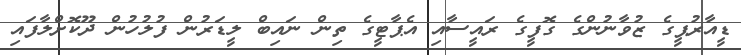
ޑީއާރުޕީގެ ޒުވާނުންގެ ގޮފީގެ ރައީސާއި އެޕާޓީގެ ތިން ނައިބް ލީޑަރުން ފުލުހުން ދޫކޮށްލާފައި